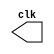
// Exemplo 03
// Nome: Bruno Rafael Nicolletti

module clock ( clk );
 output clk;
 reg    clk;

 initial
  begin
   clk = 1'b0;
  end

 always
  begin
   #1 clk = ~clk;
  end
  
endmodule

module pulso ( sinal, clock );
 input  clock;
 output sinal;
 reg    sinal;

 always @ ( clock )
  begin
       sinal = 1'b1;
  #6  sinal = 1'b0;
  #6  sinal = 1'b1;
  #6  sinal = 1'b0;
  #6  sinal = 1'b1;
  #6  sinal = 1'b0;
  end
endmodule

module testclock01b;
 wire  clock;
 clock clk ( clock );
 reg   p;
 wire  p1,t1;
 pulso   pulso1   ( p1, clock );

 initial begin
   p = 1'b0;
 end

 initial begin
  $dumpfile ( "exercicio03.vcd" );
  $dumpvars ( 1, clock, p1, p, t1 );

  #060 p = 1'b1;
  #120 p = 1'b0;
  #180 p = 1'b1;
  #240 p = 1'b0;
  #300 p = 1'b1;
  #360 p = 1'b0;
  #376 $finish;
 end

endmodule